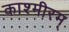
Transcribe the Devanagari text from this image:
काश्मीरम्